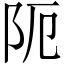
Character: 阨